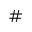
^ { \# }